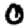
Digit: 0